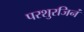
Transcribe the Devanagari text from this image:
परशुरजिनं